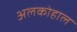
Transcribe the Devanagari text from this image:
अलकोहाल